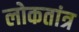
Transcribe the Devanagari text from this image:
लोकतांत्र